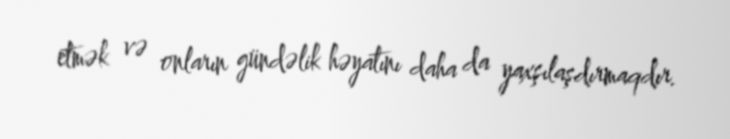
etmək və onların gündəlik həyatını daha da yaxşılaşdırmaqdır.